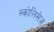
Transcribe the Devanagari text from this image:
स्कोलिसेज़